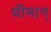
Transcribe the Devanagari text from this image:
धीमान्‌